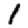
Digit: 1